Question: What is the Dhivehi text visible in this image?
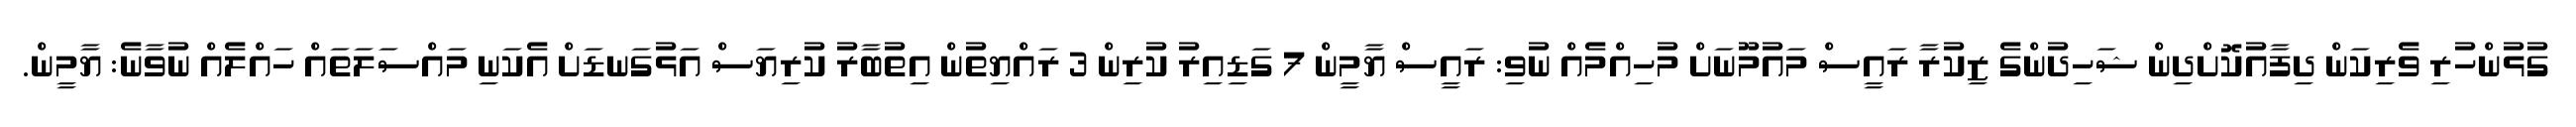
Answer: ގުޅުންހުރި ވެރިކަން ދިފާއުކޮށްދިން ޝަހިދުންގެ ޒިކުރާ ރައީސް މައުމޫނަށް މުހިއްމެއް ނުވި: ރައީސް ޔާމީން 7 ގަޑިއިރު ކުރިން 3 ރައްޔިތުން އިތުބާރު ކުރިޔަސް އަޅުގަނޑަށް އެކަނި މައްސަލަތައް ހައްލެއް ނުވާނެ: ޔާމީން.